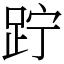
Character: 𨀉